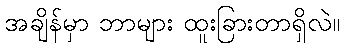
အချိန်မှာ ဘာများ ထူးခြားတာရှိလဲ။